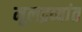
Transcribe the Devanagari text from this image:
मूलद्रव्यांत